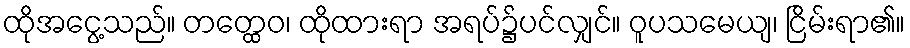
ထိုအငွေ့သည်။ တတ္ထေဝ၊ ထိုထားရာ အရပ်၌ပင်လျှင်။ ဝူပသမေယျ၊ ငြိမ်းရာ၏။